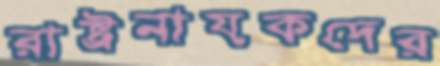
রাষ্ট্রনায়কদের